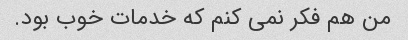
من هم فکر نمی کنم که خدمات خوب بود.